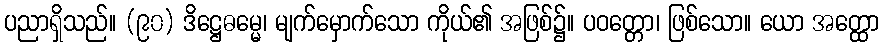
ပညာရှိသည်။ (၉၀) ဒိဋ္ဌေဓမ္မေ၊ မျက်မှောက်သော ကိုယ်၏ အဖြစ်၌။ ပဝတ္တော၊ ဖြစ်သော။ ယော အတ္ထော